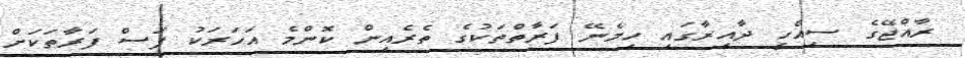
ރާއްޖޭގެ ސިއްހީ ދާއިރާގައި ހިމެނޭ ފަރާތްތަކުގެ ތެރެއިން ކޮންމެ އަހަރަކު ފަސް ފަރާތަކަށް